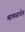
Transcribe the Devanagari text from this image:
माणसाचेच